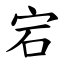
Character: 宕